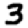
Digit: 3